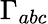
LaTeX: \Gamma_{abc}